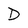
Character: D